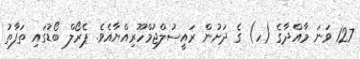
127 ވަނަ މާއްދާގެ (ހ) ގެ ދަށުން ރައީސުލްޖުމްހޫރިއްޔާއެވެ. ޕެރޯލް ބޯޑުގައި ތަފާތު